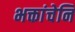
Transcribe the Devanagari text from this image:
भक्तांचेनि